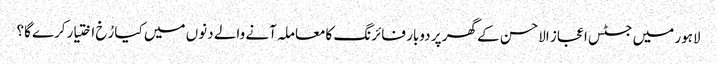
لاہور میں جسٹس اعجاز الاحسن کے گھر پر دوبار فائرنگ کامعاملہ آنے والے دنوں میں کیا رُخ اختیارکرے گا؟